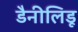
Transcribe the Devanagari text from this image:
डैनीलिडू